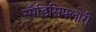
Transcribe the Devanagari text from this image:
स्पैडिसिफ्लोरी